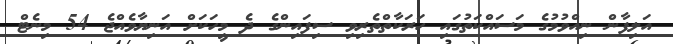
އަލިފާން ނިއްވުމުގެ މަސައްކަތުގައި ހަރަކާތްތެރިވި ސިފައިންގެ ދެ މީހަކަށް އަނިޔާވެއްޖެ 54 މިނެޓް